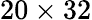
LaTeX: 20\times 32